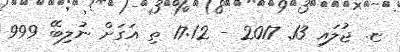
ޏ. ޖުލައި 13